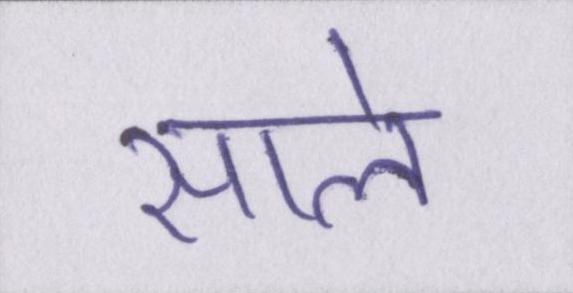
साले